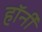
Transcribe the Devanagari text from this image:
हॉर्नी